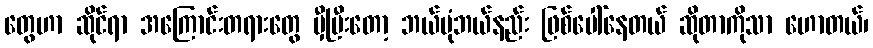
တွေဟာ ဆိုင်ရာ အကြောင်းတရားတွေ မှီပြီးတော့ ဘယ်ပုံဘယ်နည်း ဖြစ်ပေါ်နေတယ် ဆိုတာကိုသာ ဟောတယ်၊